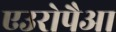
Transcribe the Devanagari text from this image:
एउरोपैआ